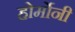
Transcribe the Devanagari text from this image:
होर्मोनी